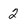
Character: 2